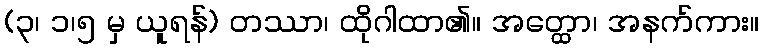
(၃၊ ၁၊၅ မှ ယူရန်) တဿာ၊ ထိုဂါထာ၏။ အတ္ထော၊ အနက်ကား။